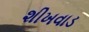
શીખવાડ